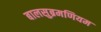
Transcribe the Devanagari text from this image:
बालसुब्रमणियम